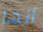
أنها